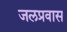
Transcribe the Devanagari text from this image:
जलप्रवास